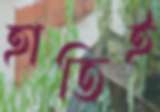
হাতিই